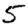
Digit: 5